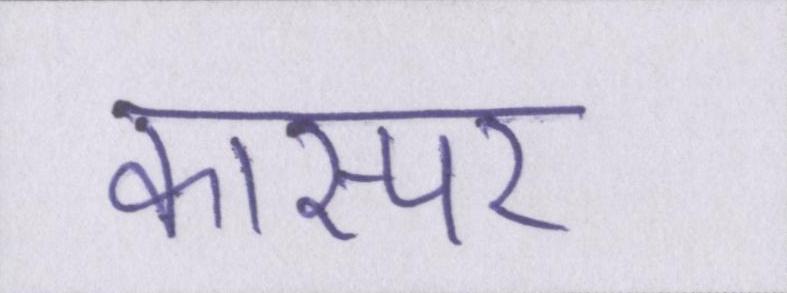
कास्पर